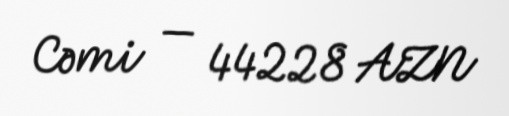
Cəmi — 44228 AZN